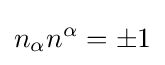
n_{\alpha }n^{\alpha }=\pm 1